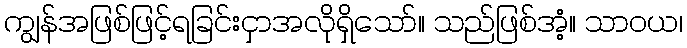
ကျွန်အဖြစ်ဖြင့်ရခြင်းငှာအလိုရှိသော်။ သည်ဖြစ်အံ့။ သာဝယ၊